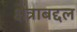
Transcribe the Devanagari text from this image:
क्षेत्राबद्दल